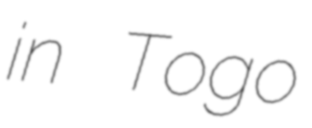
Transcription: in Togo